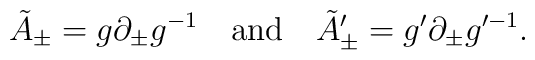
\tilde{A}_\pm = g \partial_\pm g^{-1} \quad {\rm and} \quad \tilde{A}'_\pm = g'\partial_\pm g^{\prime-1}.